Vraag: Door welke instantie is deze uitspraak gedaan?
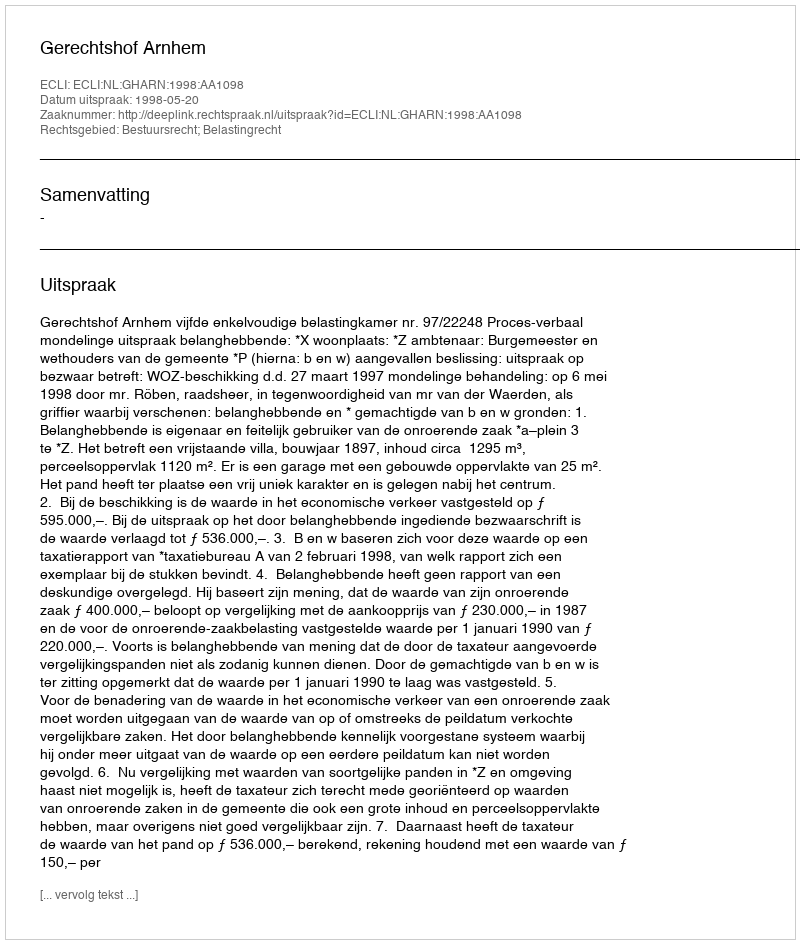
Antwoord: Gerechtshof Arnhem